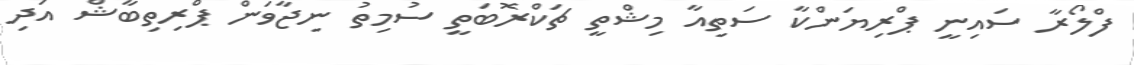
ފްލޯރާ ސައިނީ ޕްރިޔަންކާ ސަތިއާ މިޝްތީ ޗަކްރޮބަތީ ސުމިތު ނިޖާވަން ޕްރިތިބާޝް އަދި